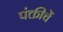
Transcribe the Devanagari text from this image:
पंक्तीचें